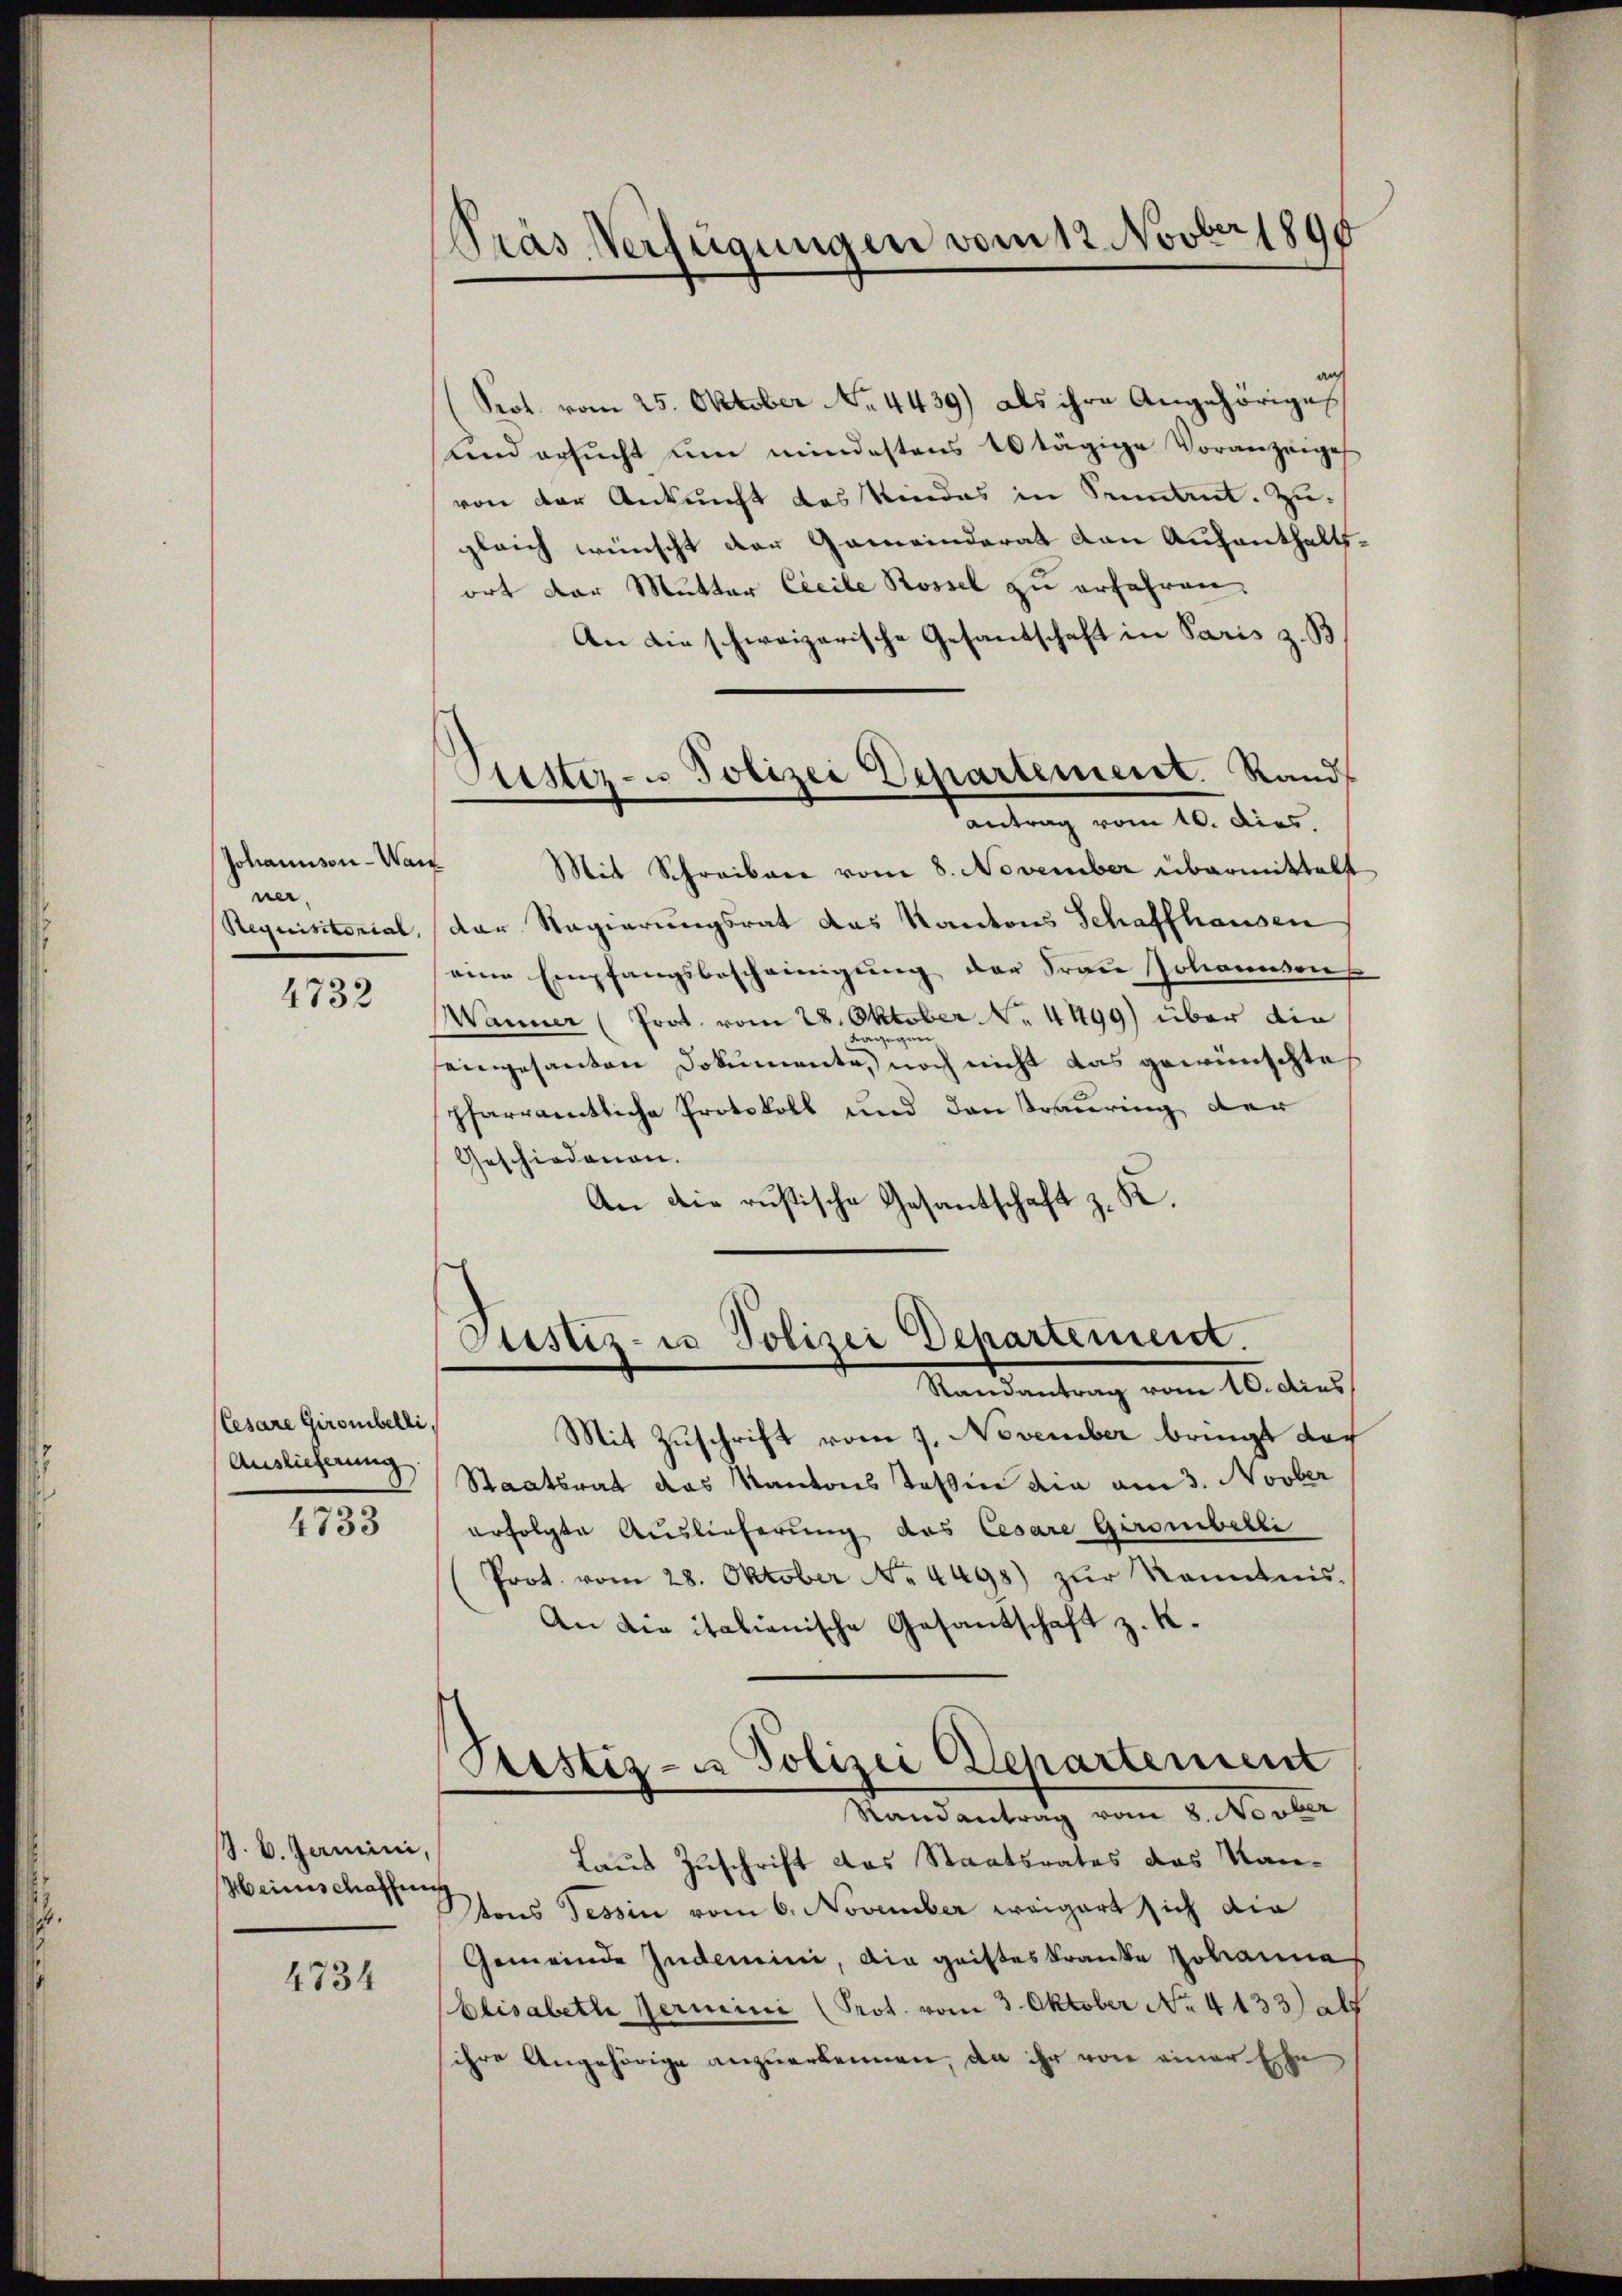
Johannson - Wan
ner.
Aequisitorial,

4732

(Cesare Girombelli,
Auslieferung
4733

J. V. Jarmini,
Heinschaffung

4734

Pras Verfügungen vom 12. Novber 1890

Piester- u Polizei Departement. Rand-
antrag vom 10. dies.

Prot. vom 25. Oktober No. 4439) als ihre Angehöriges
und ersŭcht um mindestens 40 tägige Voranzeige
von der Ankunft des Kindes in Samant. Zugleich wünscht der Gemeinderat den Aufenthaltsort der Mutter Ceeile Rossel zu erfahren,
An die schweizerische Gesandschaft in Paris z. B.
Mit Schreiben vom 8. November übermittelt
Der Regierungsrat das Kantons Schaffhausen
eine Empfangsbescheinigung der Frau Johannsens
Wanner (Prot. vom 28. Oktober No. 4499) über die
dagegen
eingesanten Dokumente, noch nicht das gewünschte
pfarramtliche Protokoll und den Trauring der
Geschiedenen.
An die rustische Gesantschaft z. K.

Justiz- u Polizei Departement.
Randantrag vom 10. dies

Mit Zuschrift vom 7. November bringt doch
Staatsrat das Kantons Teßin die am 3. Novber
erfolgte Auslieferung des Cesare Girombelli
Prot. vom 28. Oktober No. 4498) zur Kenntnis¬
An die italienische Gesantschaft z. K.
Paestiz- u Polizei Departement
Randantrag vom 8. Novber
Laut Zuschrift das Staatsrates das Kan-
tons Tessin vom 6. November weigert sich die
Gemeinde Indemici, die geisteskranke Johanne
Elisabeth Termini (Prot. vom 3. Oktober No. 4133) als
ihre Angehörige anzuerkennen, da ihr von einer Ehe